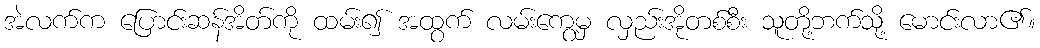
အဲလက်က ပြောင်းဆန်အိတ်ကို ထမ်း၍ အထွက် လမ်းကွေ့မှ လှည်းအိုတစ်စီး သူတို့ဘက်သို့ မောင်းလာ၏။